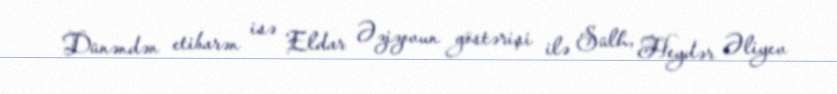
Dünəndən etibarən isə Eldar Əzizovun göstərişi ilə Sülh, Heydər Əliyev